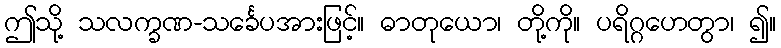
ဤသို့ သလက္ခဏ-သင်္ခေပအားဖြင့်။ ဓာတုယော၊ တို့ကို။ ပရိဂ္ဂဟေတွာ၊ ၍။